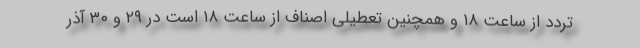
تردد از ساعت ۱۸ و همچنین تعطیلی اصناف از ساعت ۱۸ است در ۲۹ و ۳۰ آذر